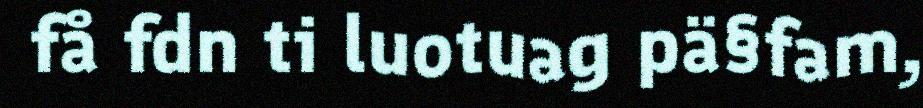
få fdn ti luotuag pä§fam,